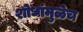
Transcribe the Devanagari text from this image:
शोधांमुळेच